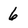
Character: 6